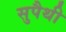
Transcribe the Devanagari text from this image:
सुपैथी